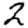
Digit: 2